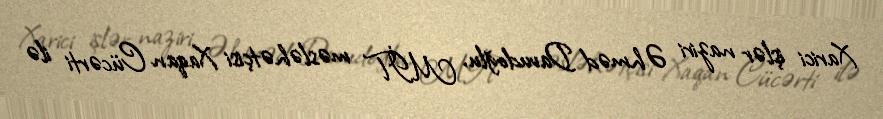
Xarici işlər naziri Əhməd Davudoğlu, MİT məsləhətçisi Xaqan Cücərti ilə